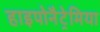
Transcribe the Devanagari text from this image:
हाइपोनैट्रेमिया